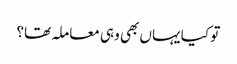
تو کیا یہاں بھی وہی معاملہ تھا؟